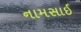
નામસાઈ